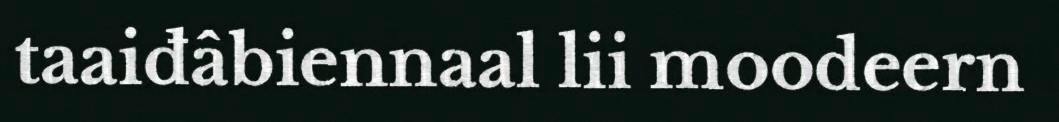
taaiđâbiennaal lii moodeern